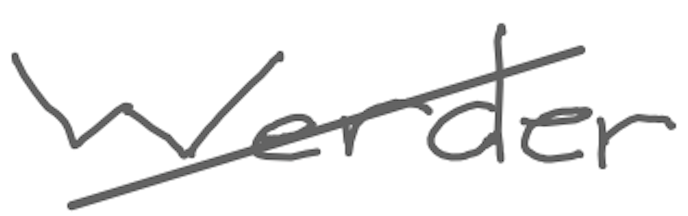
Text: Werder
Cross-out: diagonal
Writing tool: digital_gray